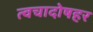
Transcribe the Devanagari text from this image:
त्वचादोषहर